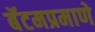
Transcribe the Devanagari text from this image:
बॅटमप्रमाणे